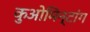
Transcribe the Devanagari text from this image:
कुओमिन्टांग